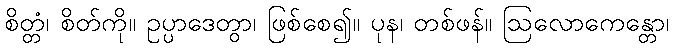
စိတ္တံ၊ စိတ်ကို။ ဥပ္ပာဒေတွာ၊ ဖြစ်စေ၍။ ပုန၊ တစ်ဖန်။ ဩလောကေန္တော၊